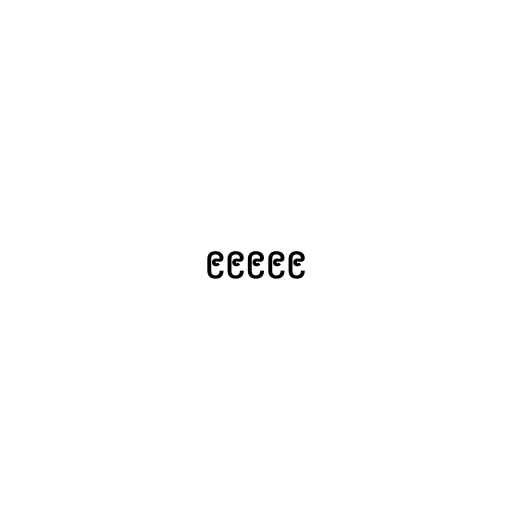
၉၉၉၉၉